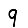
Digit: 9